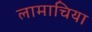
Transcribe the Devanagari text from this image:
लामाचिया